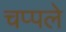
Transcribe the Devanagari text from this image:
चप्पले